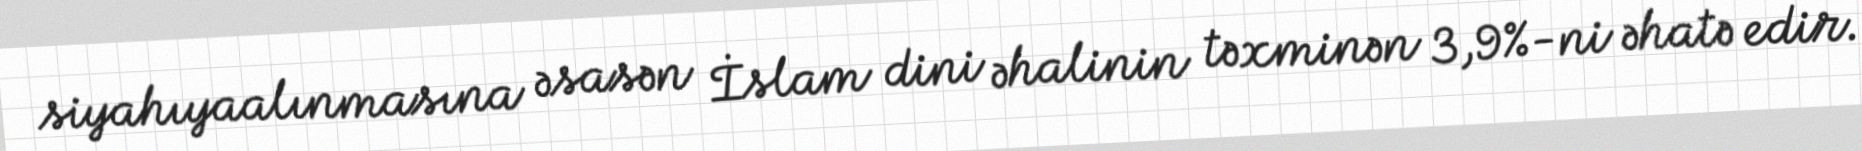
siyahıyaalınmasına əsasən İslam dini əhalinin təxminən 3,9%-ni əhatə edir.